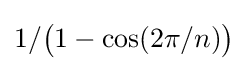
1/{\bigl (}1-\cos(2\pi /n){\bigr )}